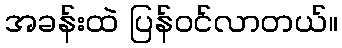
အခန်းထဲ ပြန်ဝင်လာတယ်။